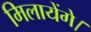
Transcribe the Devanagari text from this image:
मिलायेंगे।